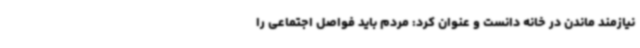
نیازمند ماندن در خانه دانست و عنوان کرد: مردم باید فواصل اجتماعی را